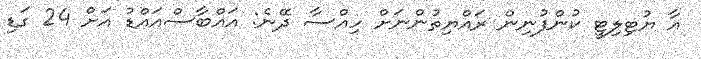
އާ ޔުޓިލިޓީ ކުންފުނިން ރައްޔިތުންނަށް ހިއްސާ ދޭނެ: އައްބާސްއައްޑު އަށް 24 ގަޑި